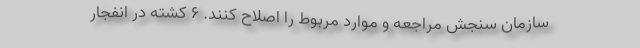
سازمان سنجش مراجعه و موارد مربوط را اصلاح کنند. ۶ کشته در انفجار